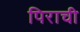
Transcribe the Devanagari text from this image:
पिराची